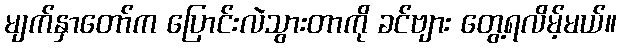
မျက်နှာတော်က ပြောင်းလဲသွားတာကို ခင်ဗျား တွေ့ရလိမ့်မယ်။